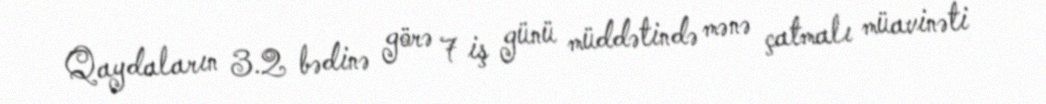
Qaydaların 3.2 bədinə görə 7 iş günü müddətində mənə çatmalı müavinəti